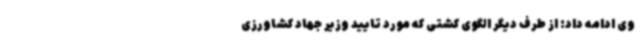
وی ادامه داد: از طرف دیگر الگوی کشتی که مورد تایید وزیر جهاد کشاورزی